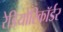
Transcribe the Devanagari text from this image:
रेडियोरिकॉर्डर